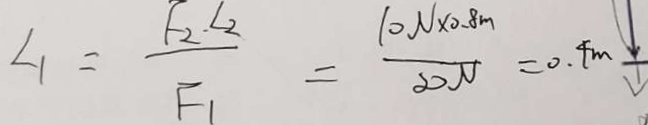
\angle 1 = \frac { F _ { 2 } L _ { 2 } } { F _ { 1 } } = \frac { 1 0 N \times 2 . 8 m } { 2 0 N } = 0 . 4 m \downarrow